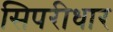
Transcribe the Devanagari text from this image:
सिपरीधार